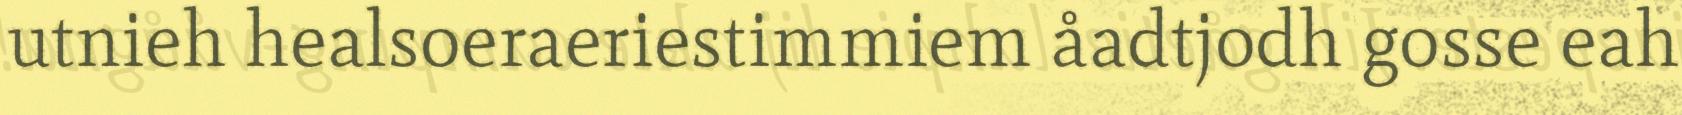
utnieh healsoeraeriestimmiem åadtjodh gosse eah